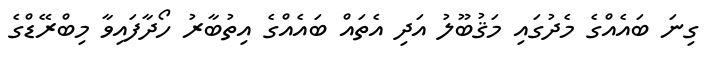
ގިނަ ބައެއްގެ މެދުގައި މަޤުބޫލު އަދި އެތައް ބައެއްގެ އިތުބާރު ހޯދާފައިވާ މިބްރޭޑްގެ